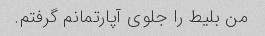
من بلیط را جلوی آپارتمانم گرفتم.